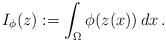
LaTeX: \begin{align*} I_\phi(z):=\int_\Omega \phi(z(x))\,dx\,. \end{align*}